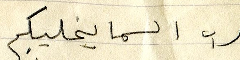
رب السما يخليكم